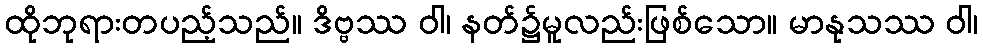
ထိုဘုရားတပည့်သည်။ ဒိဗ္ဗဿ ဝါ၊ နတ်၌မူလည်းဖြစ်သော။ မာနုသဿ ဝါ၊